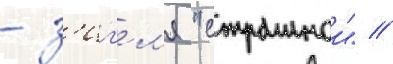
- з'иг'ел'я "страннои" //